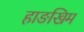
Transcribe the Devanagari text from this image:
हाङखिम